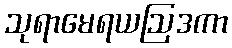
သုရာမေရယဩဒကာ